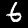
Digit: 6